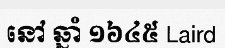
នៅ ឆ្នាំ ១៦៤៥ Laird